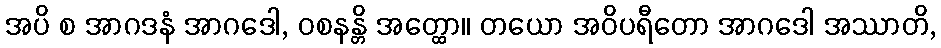
အပိ စ အာဂဒနံ အာဂဒေါ, ဝစနန္တိ အတ္ထော။ တယော အဝိပရီတော အာဂဒေါ အဿာတိ,